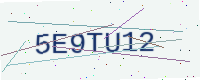
Text: 5E9TU12